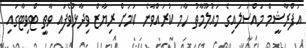
އަފްރާޝީމް މައްސަލައިގެ މައުލޫމާތު ހާމަ ކުރައްވާނެ ކަމަށް ރިޔާޒް ވިދާޅުވެފައި ވާތީ ޓްވިޓާގައި